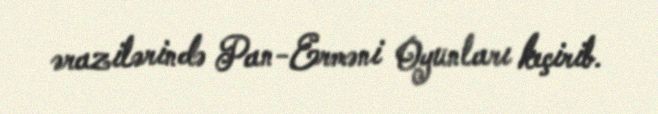
ərazilərində Pan-Erməni Oyunları keçirib.